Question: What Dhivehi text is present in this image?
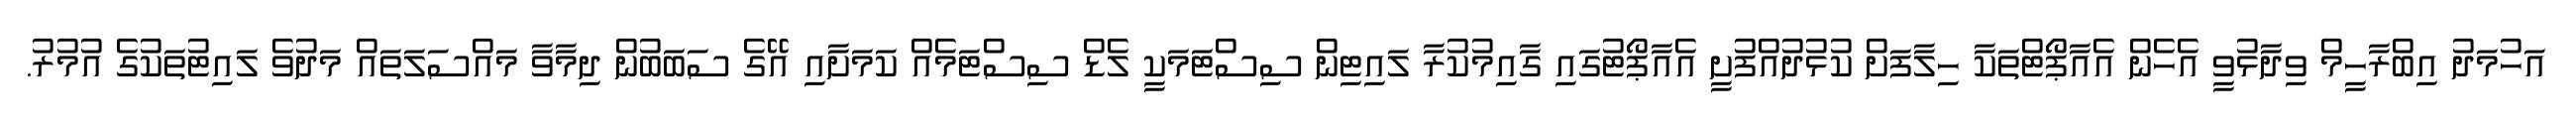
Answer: އަހުމަދު އިބްރާހީމް ވިދާޅުވީ އެހެން އެއާޕޯޓްތަކާ ހިލާފަށް ކުޅުދުއްފުށީ އެއާޕޯޓުގައި ގާއިމުކުރާ ލައިޓިން ސިސްޓަމަކީ ލެޑް ސިސްޓަމެއް ކަމަށާއި އޭގެ ސަބަބުން ދިމާވާ މައްސަލަތައް މަދުވެ ލައިޓުތަކުގެ އުމުރު.